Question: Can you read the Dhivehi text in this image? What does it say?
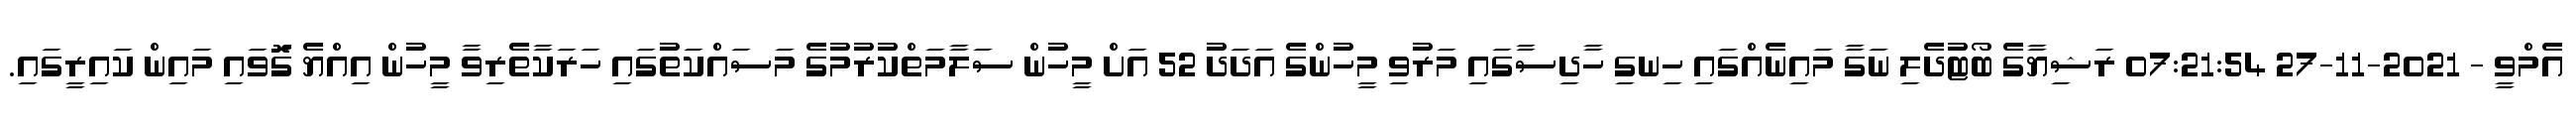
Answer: އެމްވީ - 2021-11-27 07:21:54 ރަޝިޔާގެ ބޯޓުދެލި ނަގާ މައިނެއްގައި ހިނގި ހާދިސާގައި މަރުވި މީހުންގެ އަދަދު 52 އަށް މީހުން ސަލާމަތްކުރުމުގެ މަސައްކަތުގައި ހަރަކާތެރިވާ މީހުން އިއްޔެ ގޮަވައި މައިން ކައިރީގައި.